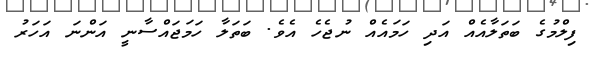
ފިލްމުގެ ބަތަލާއެއް އަދި ހަމައެއް ނުޖެހެ އެވެ. ބަތަލާ ހަމަޖައްސާނީ އަންނަ އަހަރު